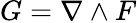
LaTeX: G=\nabla\wedge F